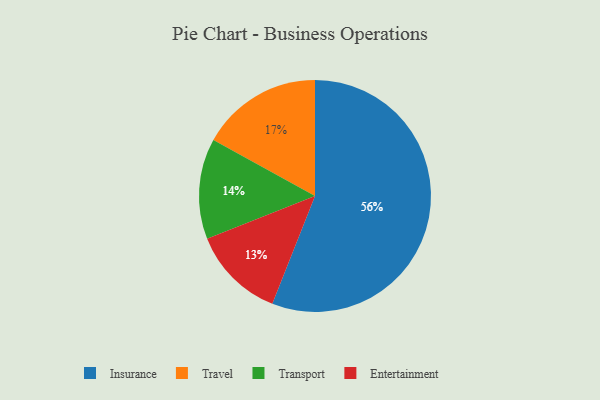
{"axis": {"x": "Category", "y": "Percentage"}, "legend": ["Entertainment", "Insurance", "Transport", "Travel"], "data": [{"x": "Travel", "y": 17, "type": "Travel"}, {"x": "Entertainment", "y": 13, "type": "Entertainment"}, {"x": "Insurance", "y": 56, "type": "Insurance"}, {"x": "Transport", "y": 14, "type": "Transport"}]}